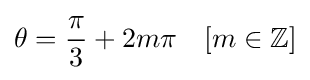
\theta ={\frac {\pi }{3}}+2m\pi \quad [m\in \mathbb {Z} ]